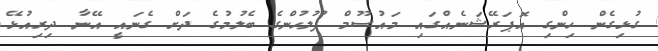
ގުޅިގެން ހިންގި އޮޕަރޭޝަނެއްގައި މައުސޫމް ފުލުހުންގެ ބެލުމުގެ ދަށް ގެނައީ އޭނާ ދިރިއުޅޭ